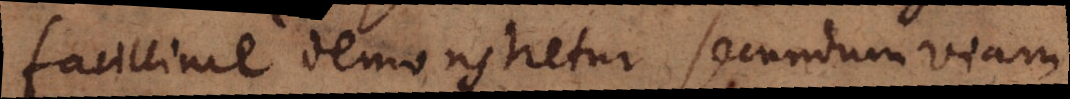
facillime demonstretur secundum viam